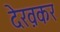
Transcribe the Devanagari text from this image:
देख़कर